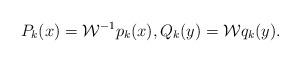
LaTeX: \begin{align*} P_k(x)=\mathcal W^{-1}p_k(x),Q_k(y)=\mathcal W q_k(y).\end{align*}